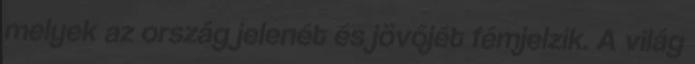
melyek az ország jelenét és jövőjét fémjelzik. A világ